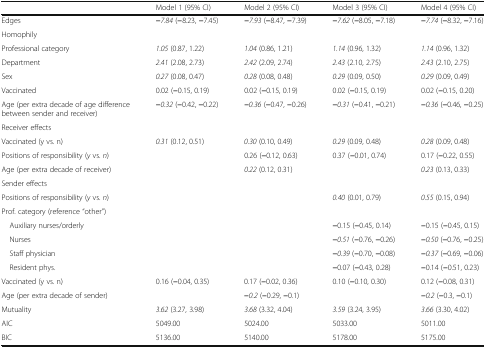
<table><thead><tr><td></td><td><b>Model 1 (95% CI)</b></td><td><b>Model 2 (95% CI)</b></td><td><b>Model 3 (95% CI)</b></td><td><b>Model 4 (95% CI)</b></td></tr></thead><tbody><tr><td>Edges</td><td><b>−</b><i>7.84</i> (<b>−</b>8.23, <b>−</b>7.45)</td><td><b>−</b><i>7.93</i> (<b>−</b>8.47, <b>−</b>7.39)</td><td><b>−</b><i>7.62</i> (<b>−</b>8.05, <b>−</b>7.18)</td><td><b>−</b><i>7.74</i> (<b>−</b>8.32, <b>−</b>7.16)</td></tr><tr><td colspan="5">Homophily</td></tr><tr><td>Professional category</td><td><i>1.05</i> (0.87, 1.22)</td><td><i>1.04</i> (0.86, 1.21)</td><td><i>1.14</i> (0.96, 1.32)</td><td><i>1.14</i> (0.96, 1.32)</td></tr><tr><td>Department</td><td><i>2.41</i> (2.08, 2.73)</td><td><i>2.42</i> (2.09, 2.74)</td><td><i>2.43</i> (2.10, 2.75)</td><td><i>2.43</i> (2.10, 2.75)</td></tr><tr><td>Sex</td><td><i>0.27</i> (0.08, 0.47)</td><td><i>0.28</i> (0.08, 0.48)</td><td><i>0.29</i> (0.09, 0.50)</td><td><i>0.29</i> (0.09, 0.49)</td></tr><tr><td>Vaccinated</td><td>0.02 (<b>−</b>0.15, 0.19)</td><td>0.02 (<b>−</b>0.15, 0.19)</td><td>0.02 (<b>−</b>0.15, 0.19)</td><td>0.02 (<b>−</b>0.15, 0.20)</td></tr><tr><td>Age (per extra decade of age difference between sender and receiver)</td><td><b>−</b><i>0.32</i> (<b>−</b>0.42, <b>−</b>0.22)</td><td><b>−</b><i>0.36</i> (<b>−</b>0.47, <b>−</b>0.26)</td><td><b>−</b><i>0.31</i> (<b>−</b>0.41, <b>−</b>0.21)</td><td><b>−</b><i>0.36</i> (<b>−</b>0.46, <b>−</b>0.25)</td></tr><tr><td colspan="5">Receiver effects</td></tr><tr><td>Vaccinated (y vs. n)</td><td><i>0.31</i> (0.12, 0.51)</td><td><i>0.30</i> (0.10, 0.49)</td><td><i>0.29</i> (0.09, 0.48)</td><td><i>0.28</i> (0.09, 0.48)</td></tr><tr><td>Positions of responsibility (<i>y</i> vs. <i>n</i>)</td><td></td><td>0.26 (<b>−</b>0.12, 0.63)</td><td>0.37 (<b>−</b>0.01, 0.74)</td><td>0.17 (<b>−</b>0.22, 0.55)</td></tr><tr><td>Age (per extra decade of receiver)</td><td></td><td><i>0.22</i> (0.12, 0.31)</td><td></td><td><i>0.23</i> (0.13, 0.33)</td></tr><tr><td colspan="5">Sender effects</td></tr><tr><td>Positions of responsibility (<i>y</i> vs. <i>n</i>)</td><td></td><td></td><td><i>0.40</i> (0.01, 0.79)</td><td><i>0.55</i> (0.15, 0.94)</td></tr><tr><td colspan="5">Prof. category (reference “other”)</td></tr><tr><td> Auxiliary nurses/orderly</td><td></td><td></td><td><b>−</b>0.15 (<b>−</b>0.45, 0.14)</td><td><b>−</b>0.15 (<b>−</b>0.45, 0.15)</td></tr><tr><td> Nurses</td><td></td><td></td><td><b>−</b><i>0.51</i> (<b>−</b>0.76, <b>−</b>0.26)</td><td><b>−</b><i>0.50</i> (<b>−</b>0.76, <b>−</b>0.25)</td></tr><tr><td> Staff physician</td><td></td><td></td><td><b>−</b><i>0.39</i> (<b>−</b>0.70, <b>−</b>0.08)</td><td><b>−</b><i>0.37</i> (<b>−</b>0.69, <b>−</b>0.06)</td></tr><tr><td> Resident phys.</td><td></td><td></td><td><b>−</b>0.07 (<b>−</b>0.43, 0.28)</td><td><b>−</b>0.14 (<b>−</b>0.51, 0.23)</td></tr><tr><td>Vaccinated (y vs. n)</td><td>0.16 (<b>−</b>0.04, 0.35)</td><td>0.17 (<b>−</b>0.02, 0.36)</td><td>0.10 (<b>−</b>0.10, 0.30)</td><td>0.12 (<b>−</b>0.08, 0.31)</td></tr><tr><td>Age (per extra decade of sender)</td><td></td><td><b>−</b><i>0.2</i> (<b>−</b>0.29, <b>−</b>0.1)</td><td></td><td><b>−</b><i>0.2</i> (<b>−</b>0.3, <b>−</b>0.1)</td></tr><tr><td>Mutuality</td><td><i>3.62</i> (3.27, 3.98)</td><td><i>3.68</i> (3.32, 4.04)</td><td><i>3.59</i> (3.24, 3.95)</td><td><i>3.66</i> (3.30, 4.02)</td></tr><tr><td>AIC</td><td>5049.00</td><td>5024.00</td><td>5033.00</td><td>5011.00</td></tr><tr><td>BIC</td><td>5136.00</td><td>5140.00</td><td>5178.00</td><td>5175.00</td></tr></tbody></table>